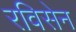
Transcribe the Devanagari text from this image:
रविसेन